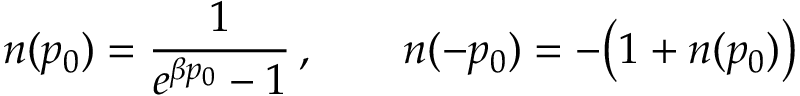
n ( p _ { 0 } ) = { \frac { 1 } { e ^ { \beta p _ { 0 } } - 1 } } \, , \qquad n ( - p _ { 0 } ) = - \bigl ( 1 + n ( p _ { 0 } ) \bigr )